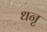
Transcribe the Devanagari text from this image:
धनृ